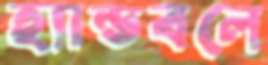
হ্যান্ডবলে